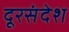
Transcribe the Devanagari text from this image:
दूरसंदेश